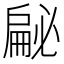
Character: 𱟣